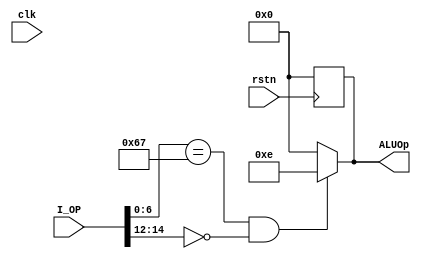
module CONT (
    input  wire clk,
    input  wire rstn,
    input  wire [31:0] I_OP,
    output reg [3:0] ALUOp
);

always @(posedge rstn) begin
    ALUOp=4'b0;
end
always @(*) begin
    ALUOp=4'b0;
    if(I_OP[6:0]==7'b1100111&&I_OP[14:12]==3'b000)begin
        ALUOp=4'b1110;
    end
end
	
endmodule //CONT